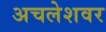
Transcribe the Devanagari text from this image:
अचलेशवर